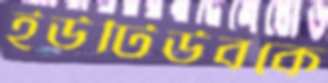
ইউটিউবকে